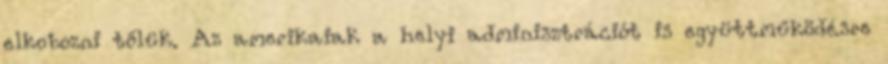
elkobozni tőlük. Az amerikaiak a helyi adminisztrációt is együttműködésre